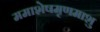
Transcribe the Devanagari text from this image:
ममाशेषमृणमाशु